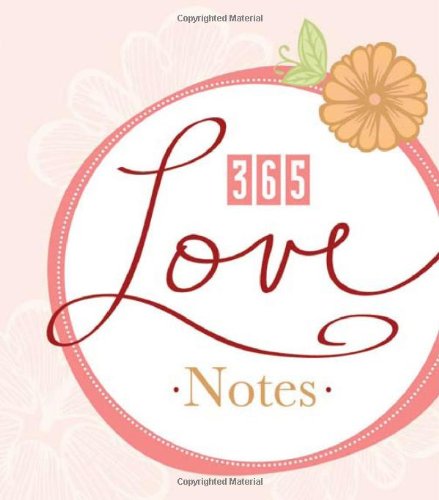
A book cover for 365 LOVE NOTES (365 Perpetual Calendars); Calendars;